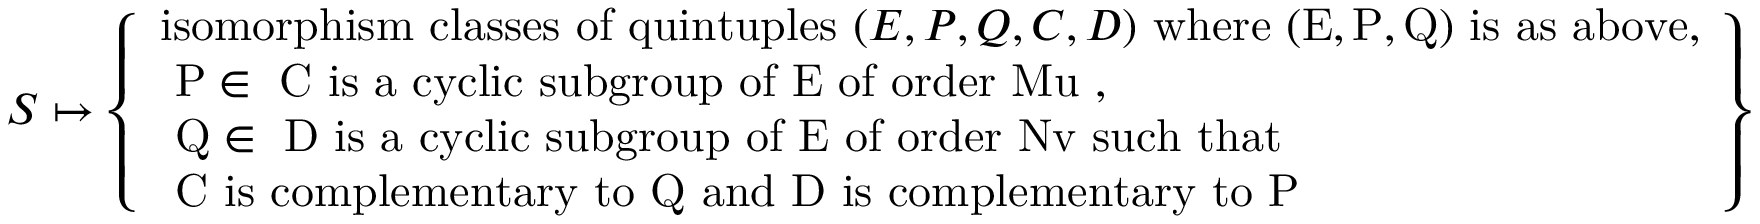
S \mapsto \left\{ \begin{array} { l l } { \mathrm { i s o m o r p h i s m ~ c l a s s e s ~ o f ~ q u i n t u p l e s ~ } ( E , P , Q , C , D ) \mathrm { ~ w h e r e ~ ( E , P , Q ) ~ i s ~ a s ~ a b o v e , } } \\ { \mathrm { ~ P \in ~ C ~ i s ~ a ~ c y c l i c ~ s u b g r o u p ~ o f ~ E ~ o f ~ o r d e r ~ M u ~ , } } \\ { \mathrm { ~ Q \in ~ D ~ i s ~ a ~ c y c l i c ~ s u b g r o u p ~ o f ~ E ~ o f ~ o r d e r ~ N v ~ s u c h ~ t h a t } } \\ { \mathrm { ~ C ~ i s ~ c o m p l e m e n t a r y ~ t o ~ Q ~ a n d ~ D ~ i s ~ c o m p l e m e n t a r y ~ t o ~ P ~ } } \end{array} \right\}